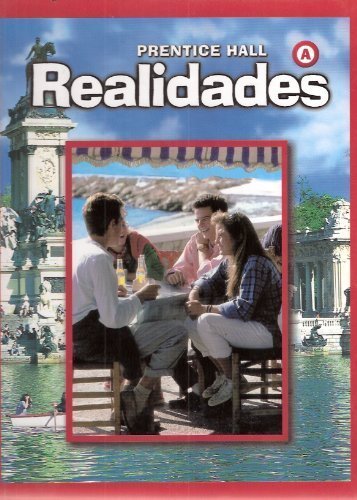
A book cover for PRENTICE HALL SPANISH REALIDADES STUDENT EDITION LEVEL A 2004C; PRENTICE HALL; Teen & Young Adult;